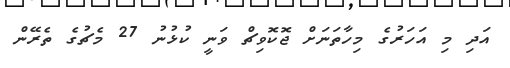
އަދި މި އަހަރުގެ މިހާތަނަށް ޖޮކޮވިޗް ވަނީ ކުޅުނު 27 މެޗުގެ ތެރޭން